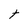
Character: t